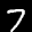
Label: 7